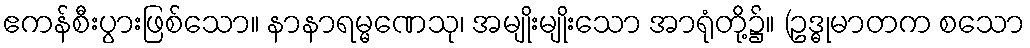
ဧကန်စီးပွားဖြစ်သော။ နာနာရမ္မဏေသု၊ အမျိုးမျိုးသော အာရုံတို့၌။ (ဥဒ္ဓုမာတက စသော